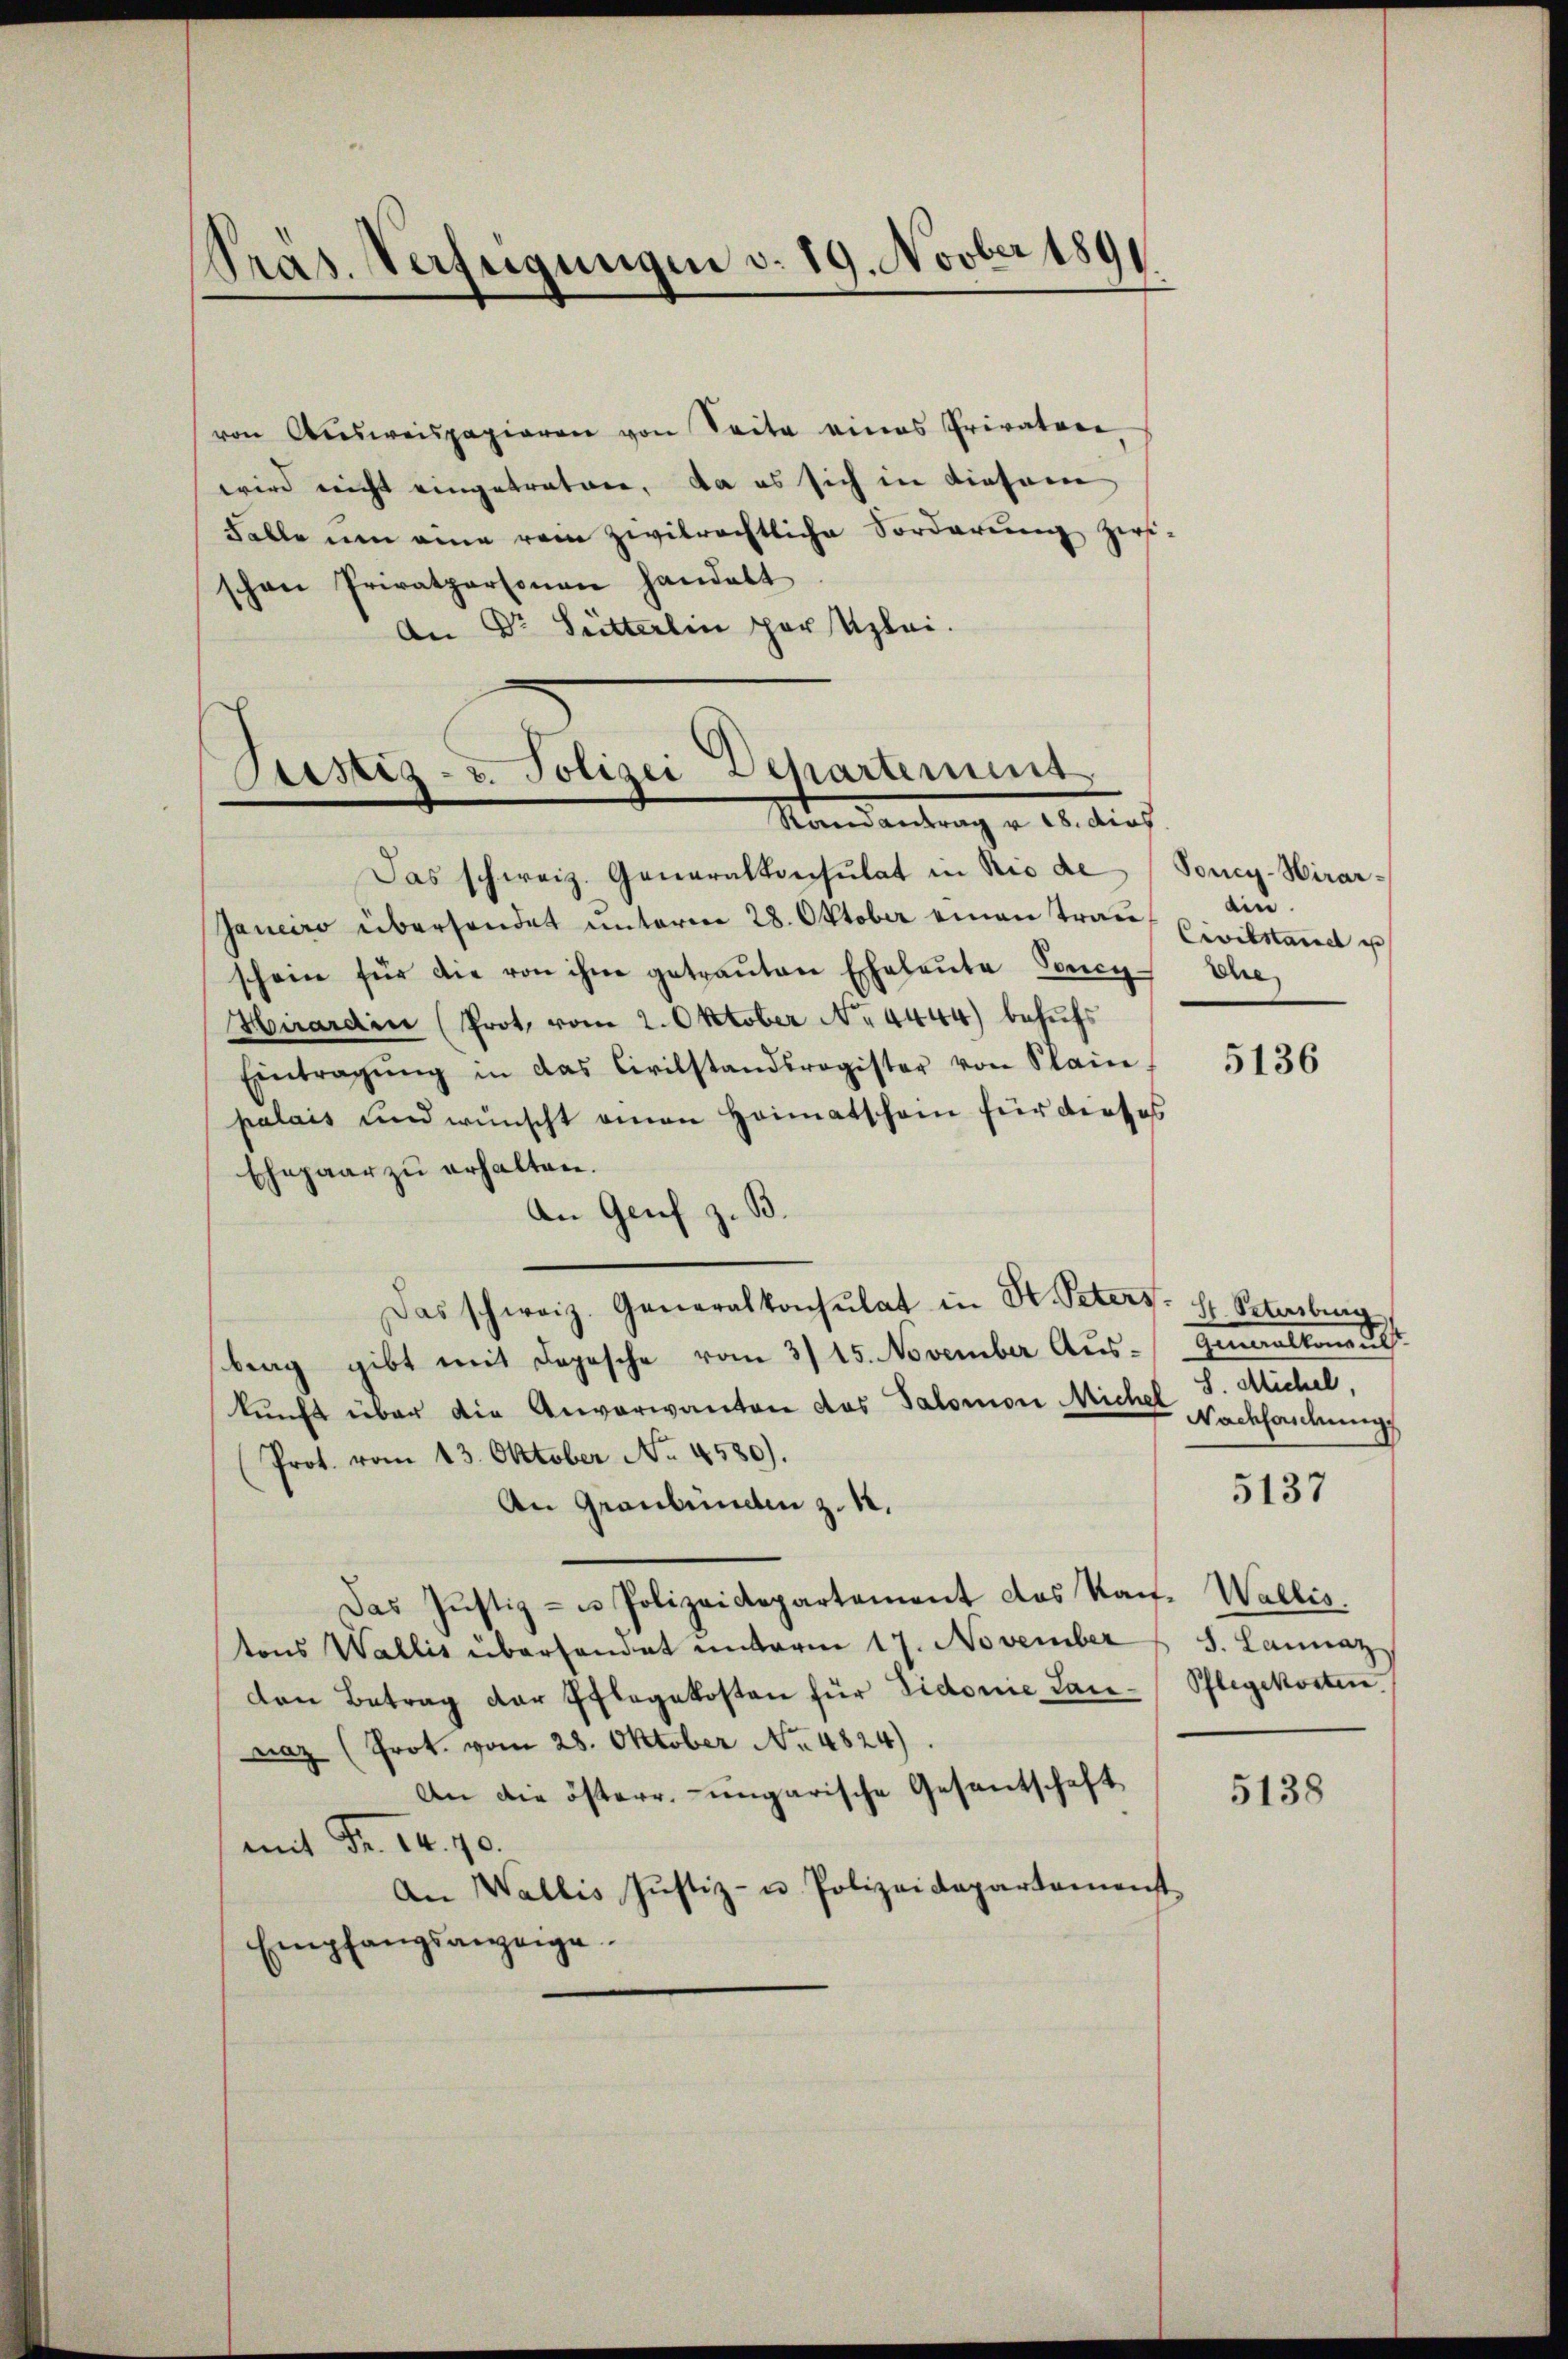
Pras. Verfügungen v. 19. Novber 189

von Ausweispapieren von Seite eines Privatere
wird nicht eingetretene, da es sich in diesem
Falle um eine rein zivilrechtliche Vorderung zwi-
schen Privatpersonen handelt
An Dr Hütterlin par Uzlei.

Justiz- & Polizei Dehartement
d
Mandantung v. 20. durch

Das schweiz. Generalkonsulat in Rio de (Soncy-Hirar¬
Janeiro übersendet unterm 28. Oktober einen Trau
schein für die von ihn getraŭten Eheleute Toncy
Hirardin (Prot. vom 2. Oktober No. 4444) behufs
Eintragŭng in das Civilstandsregister von Plain.
palais und wünscht amon Heimatschon für dieses
Ehepaar zu erhalten.
An Genf z. B.
Das schweiz. Generalkonsulat in St. Peters. Hr. Petersburg
berg gibt mit Depesche vom 3/15. November Aus- Generalkon u
kunft über die Anverwanten das Salomon Micher Nachhandlung
Prot. vom 13. Oktober No. 4580).
An Graubünden z. K.
Das Justiz- u Polizeidepartement das Kan-
tons Wallis überhandet unterm 17. November 3. Lannaz
den Betrag der Pflegekosten für Vidonie Lan-Pflegekosten.
naz (Prot. vom 28. Oktober No. 4824).
An die österr. ungarische Gesantschaft
mit Fr. 14. 70.
An Wallis Justiz- u. Polizeidepartament
Empfangsanzeige.

ain.
Civilstand u
Dre

5136

S. Michel,

5137

Wallis.

5138